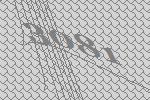
3081